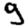
Digit: 9